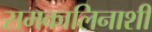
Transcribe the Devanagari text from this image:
समकालिनाशी